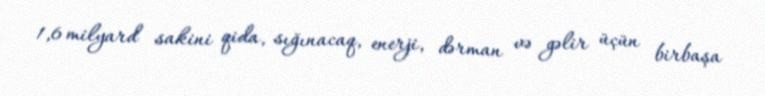
1,6 milyard sakini qida, sığınacaq, enerji, dərman və gəlir üçün birbaşa